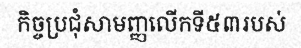
កិច្ចប្រជុំសាមញ្ញលើកទី៥៣របស់